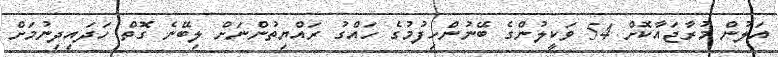
އަލުން މުރާޖައާކޮށް 54 ވަކީލުންގެ ބޭނުންހިފުމުގެ ހައްގު ރައްޔިތުންނަށް ލިބޭނެ ގޮތް ހަދައިދިނުމަށް